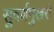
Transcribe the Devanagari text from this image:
सुवर्णमुखरी